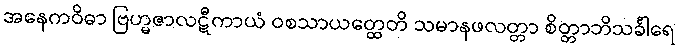
အနေကဝိဓာ ဗြဟ္မဇာလဋီကာယံ ဝစသာယတ္ထေတိ သမာနဖလတ္တာ စိတ္တာဘိသင်္ခါရေ